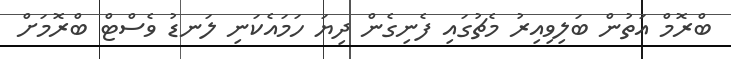
ބްރޮމް އަތުން ބަލިވިއިރު މެޗުގައި ފެނިގެން ދިޔަ ހަމައެކަނި ލަނޑު ވެސްޓް ބްރޮމަށް